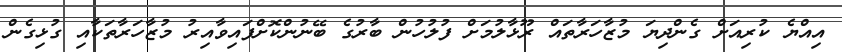
އިއްޔެ ކުރިއަށް ގެންދިޔަ މުޒާހަރާތައް ރޫޅާލުމަށް ފުލުހުން ބާރުގެ ބޭނުންކޮށްފައިވާއިރު މުޒާހަރާތަކާއި ގުޅިގެން